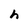
Character: h